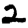
Digit: 2